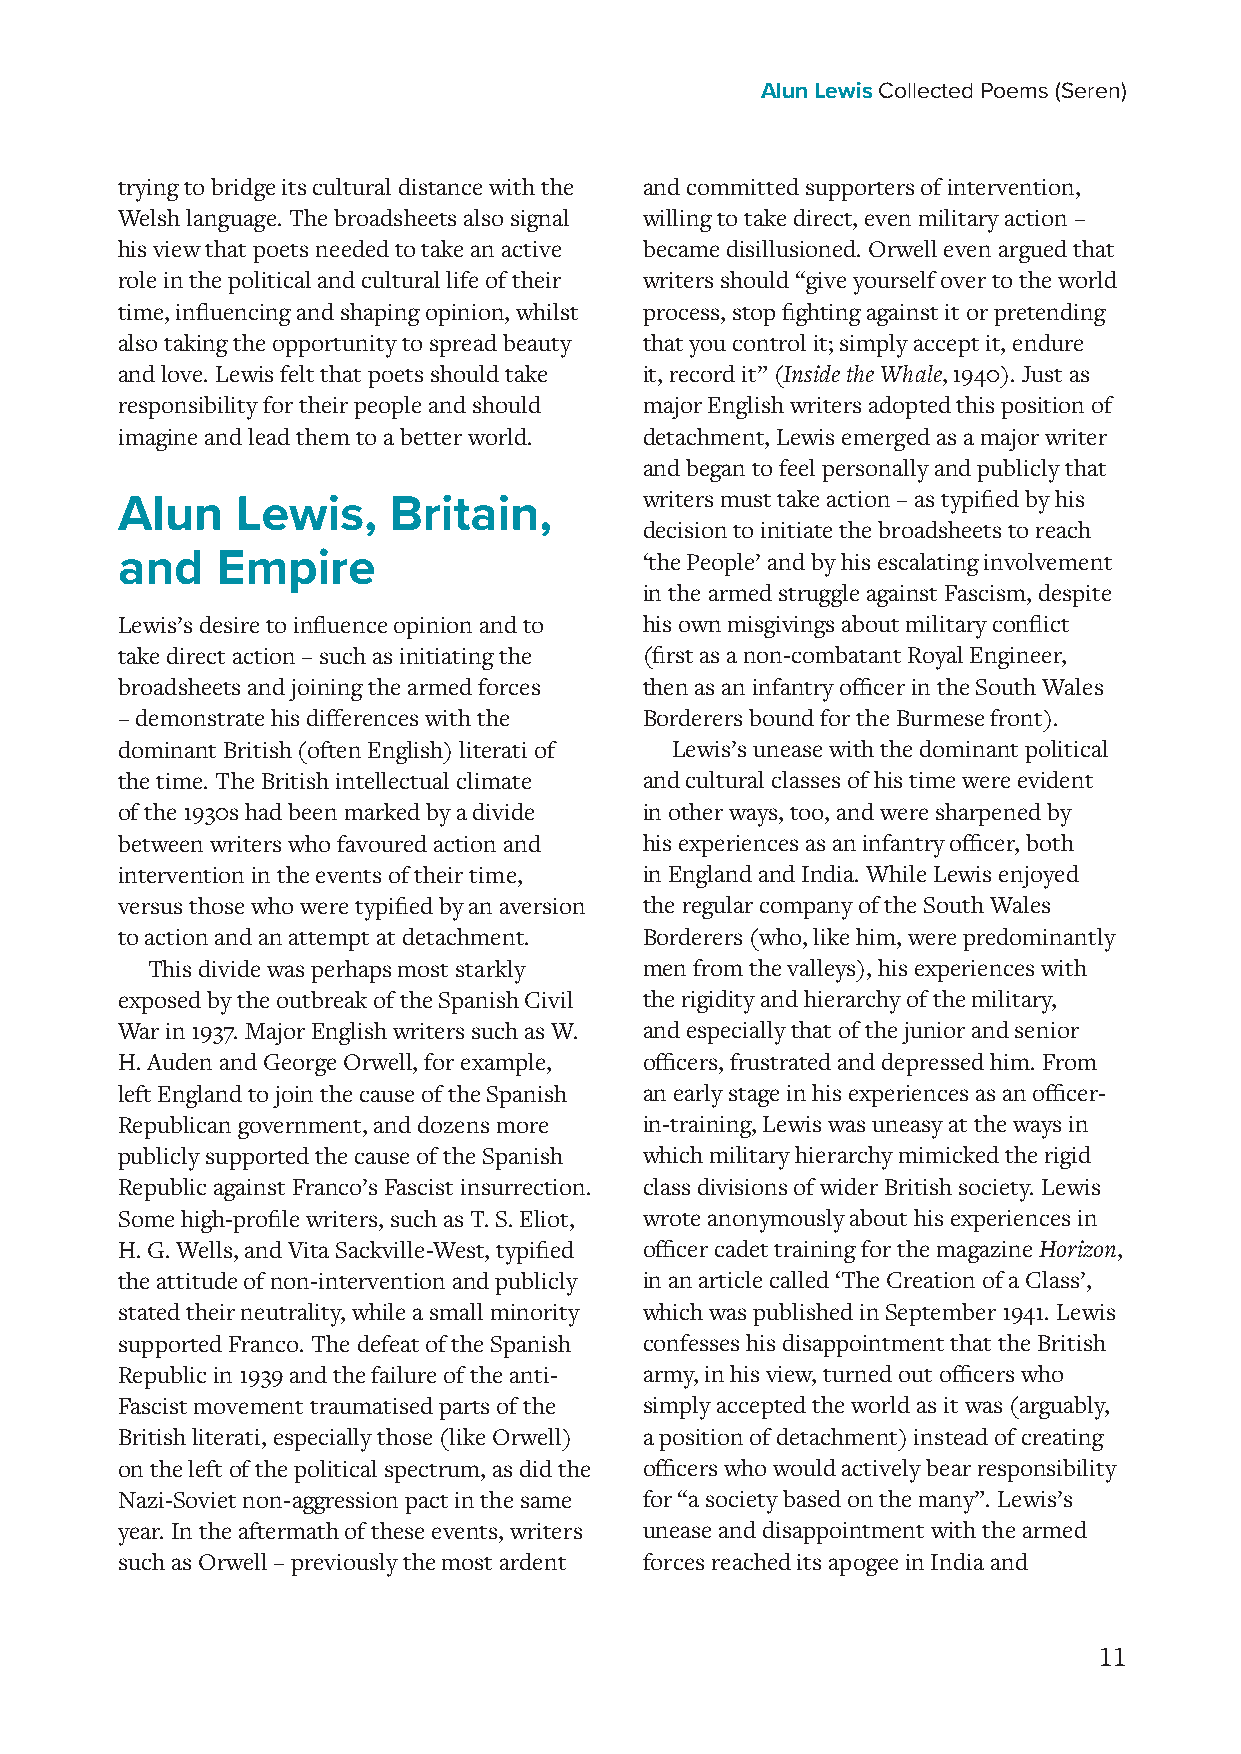
Alun Lewis Collected Poems (Seren)
 trying to bridge its cultural distance with the and committed supporters of intervention,
 Welsh language. The broadsheets also signal willing to take direct, even military action –
 his view that poets needed to take an active became disillusioned. Orwell even argued that
 role in the political and cultural life of their writers should “give yourself over to the world
 time, influencing and shaping opinion, whilst process, stop fighting against it or pretending
 also taking the opportunity to spread beauty that you control it; simply accept it, endure
 and love. Lewis felt that poets should take it, record it” (Inside the Whale, 1940). Just as
 responsibility for their people and should major English writers adopted this position of
 imagine and lead them to a better world. detachment, Lewis emerged as a major writer
 and began to feel personally and publicly that
 writers must take action – as typified by his
 Alun    Lewis,    Britain,
 decision to initiate the broadsheets to reach
 and   Empire                       ‘the People’ and by his escalating involvement
 in the armed struggle against Fascism, despite
 Lewis’s desire to influence opinion and to his own misgivings about military conflict
 take direct action – such as initiating the (first as a non-combatant Royal Engineer,
 broadsheets and joining the armed forces then as an infantry officer in the South Wales
 – demonstrate his differences with the Borderers bound for the Burmese front).
 dominant British (often English) literati of Lewis’s unease with the dominant political
 the time. The British intellectual climate and cultural classes of his time were evident
 of the 1930s had been marked by a divide in other ways, too, and were sharpened by
 between writers who favoured action and his experiences as an infantry officer, both
 intervention in the events of their time, in England and India. While Lewis enjoyed
 versus those who were typified by an aversion the regular company of the South Wales
 to action and an attempt at detachment. Borderers (who, like him, were predominantly
 This divide was perhaps most starkly men from the valleys), his experiences with
 exposed by the outbreak of the Spanish Civil the rigidity and hierarchy of the military,
 War in 1937. Major English writers such as W. and especially that of the junior and senior
 H. Auden and George Orwell, for example, officers, frustrated and depressed him. From
 left England to join the cause of the Spanish an early stage in his experiences as an officer-
 Republican government, and dozens more in-training, Lewis was uneasy at the ways in
 publicly supported the cause of the Spanish which military hierarchy mimicked the rigid
 Republic against Franco’s Fascist insurrection. class divisions of wider British society. Lewis
 Some high-profile writers, such as T. S. Eliot, wrote anonymously about his experiences in
 H. G. Wells, and Vita Sackville-West, typified officer cadet training for the magazine Horizon,
 the attitude of non-intervention and publicly in an article called ‘The Creation of a Class’,
 stated their neutrality, while a small minority which was published in September 1941. Lewis
 supported Franco. The defeat of the Spanish confesses his disappointment that the British
 Republic in 1939 and the failure of the anti- army, in his view, turned out officers who
 Fascist movement traumatised parts of the simply accepted the world as it was (arguably,
 British literati, especially those (like Orwell) a position of detachment) instead of creating
 on the left of the political spectrum, as did the officers who would actively bear responsibility
 Nazi-Soviet non-aggression pact in the same for “a society based on the many”. Lewis’s
 year. In the aftermath of these events, writers unease and disappointment with the armed
 such as Orwell – previously the most ardent forces reached its apogee in India and
 11